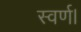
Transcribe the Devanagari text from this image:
स्वर्ण।